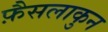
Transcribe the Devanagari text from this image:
फ़ैसलाकुन